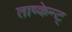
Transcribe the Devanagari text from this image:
ताष्केन्ट्